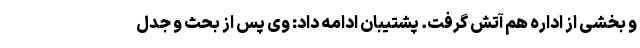
و بخشی از اداره هم آتش گرفت. پشتیبان ادامه داد: وی پس از بحث و جدل